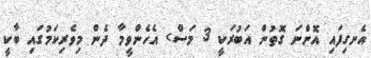
އެނގިފައި އޮންނަ ގޮތުން އަބުރަކީ 3 މަސް> އެހެންވީމާ ދެން މިވެރިކަމުގައި ބާކީ